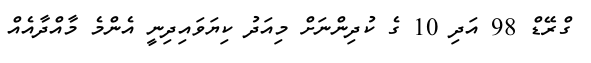
ގްރޭޑް 98 އަދި 10 ގެ ކުދިންނަށް މިއަދު ކިޔަވައިދިނީ އެންމެ މާއްދާއެއް